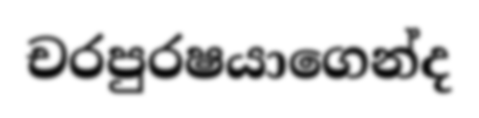
චරපුරෂයාගෙන්ද